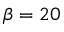
\beta = 2 0